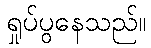
ရှုပ်ပွနေသည်။